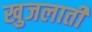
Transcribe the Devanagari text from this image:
खुजलाती